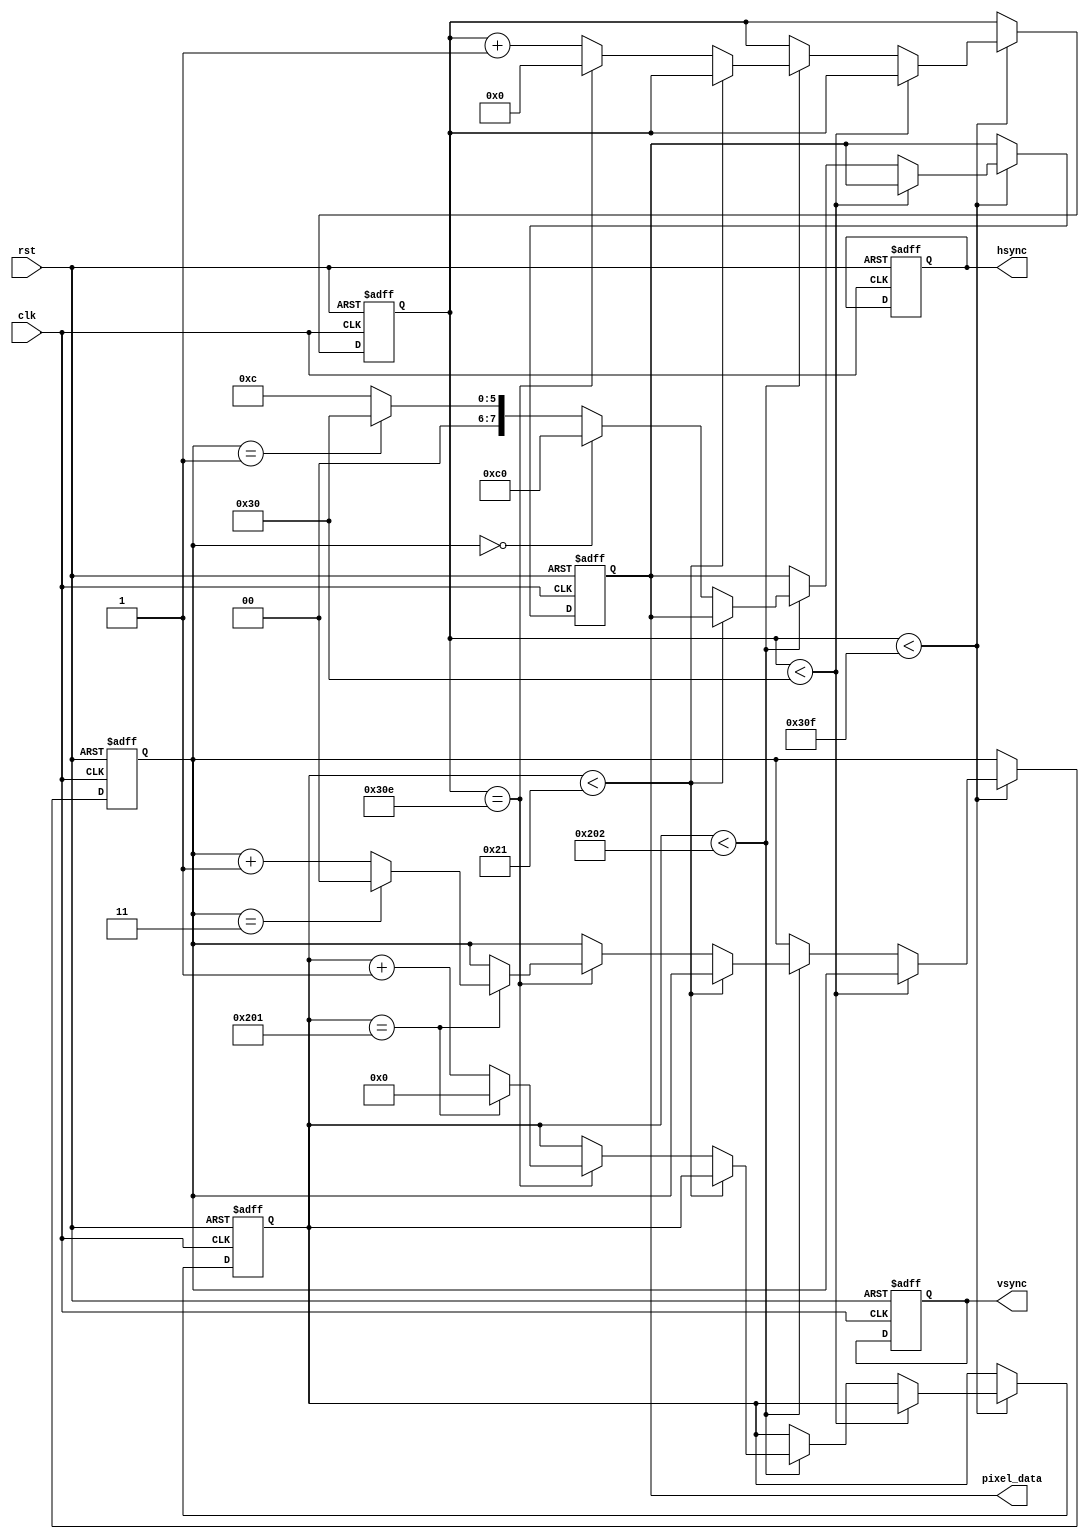
module vga_controller (
    input clk,
    input rst,
    output reg hsync,
    output reg vsync,
    output reg [7:0] pixel_data
);

reg [10:0] h_count;
reg [9:0] v_count;
reg [1:0] color;
reg blanking;

parameter H_DISPLAY = 640;
parameter V_DISPLAY = 480;
parameter H_SYNC_PULSE = 96;
parameter V_SYNC_PULSE = 2;
parameter H_BLANKING = 48;
parameter V_BLANKING = 33;

always @(posedge clk or posedge rst) begin
    if (rst) begin
        h_count <= 0;
        v_count <= 0;
        color <= 2'b00;
        blanking <= 0;
        hsync <= 0;
        vsync <= 0;
        pixel_data <= 8'b00000000;
    end else begin
        if (h_count < H_DISPLAY + H_SYNC_PULSE + H_BLANKING - 1) begin
            if (h_count < H_BLANKING) begin
                blanking <= 1;
            end else begin
                blanking <= 0;
                if (v_count < V_DISPLAY + V_SYNC_PULSE + V_BLANKING - 1) begin
                    if (v_count < V_BLANKING) begin
                        blanking <= 1;
                    end else begin
                        blanking <= 0;
                        if (color == 2'b00) begin
                            pixel_data <= 8'b11000000; // Red (example color)
                        end else if (color == 2'b01) begin
                            pixel_data <= 8'b00110000; // Green (example color)
                        end else begin
                            pixel_data <= 8'b00001100; // Blue (example color)
                        end
                        if (h_count == H_DISPLAY + H_SYNC_PULSE + H_BLANKING - 2) begin
                            h_count <= 0;
                            if (v_count == V_DISPLAY + V_SYNC_PULSE + V_BLANKING - 2) begin
                                v_count <= 0;
                                color <= color + 1;
                                if (color == 2'b11) begin
                                    color <= 2'b00;
                                end
                            end else begin
                                v_count <= v_count + 1;
                            end
                        end else begin
                            h_count <= h_count + 1;
                        end
                    end
                end
            end
        end
    end
end

endmodule